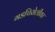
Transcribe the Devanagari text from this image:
गडचिरोलीवर